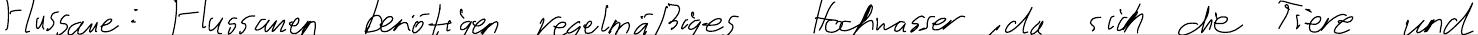
Flussaue: Flussauen benötigen regelmäßiges Hochwasser, da sich die Tiere und